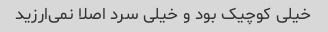
خیلی کوچیک بود و خیلی سرد اصلا نمی‌ارزید